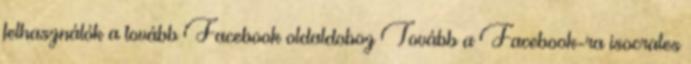
felhasználók a tovább Facebook oldaldoboz Tovább a Facebook-ra isocrates